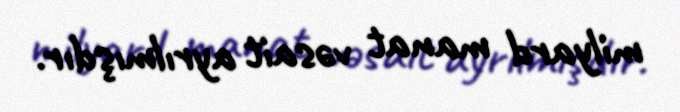
milyard manat vəsait ayrılmışdır.